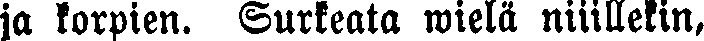
ja korpien. Surkeata wielä niiillekin,